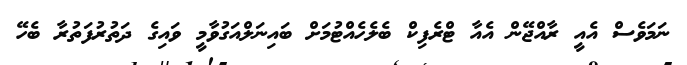
ނަމަވެސް އެއީ ރާއްޖޭން އެއާ ޓްރެފިކް ބެލެހެއްޓުމަށް ބައިނަލްއަގުވާމީ ވައިގެ ދަތުރުފަތުރާ ބެހޭ